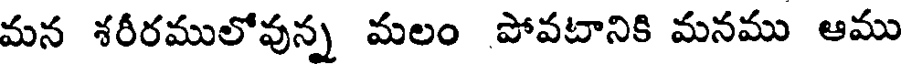
మన శరీరములోవున్న మలం పోవటానికి మనము ఆము